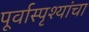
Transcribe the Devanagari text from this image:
पूर्वास्पृश्यांचा